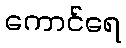
ကောင်ရေ